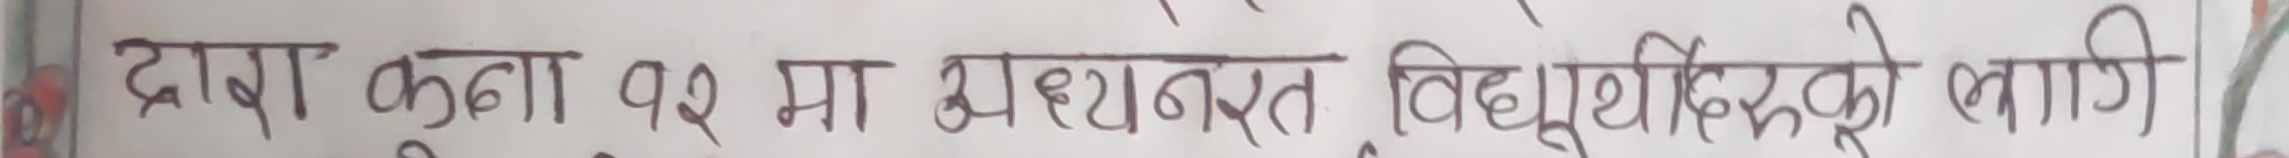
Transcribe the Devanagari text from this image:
द्राक्षा कुडा १२ मा अध्ययनरत बिधार्थीहरूको लागि